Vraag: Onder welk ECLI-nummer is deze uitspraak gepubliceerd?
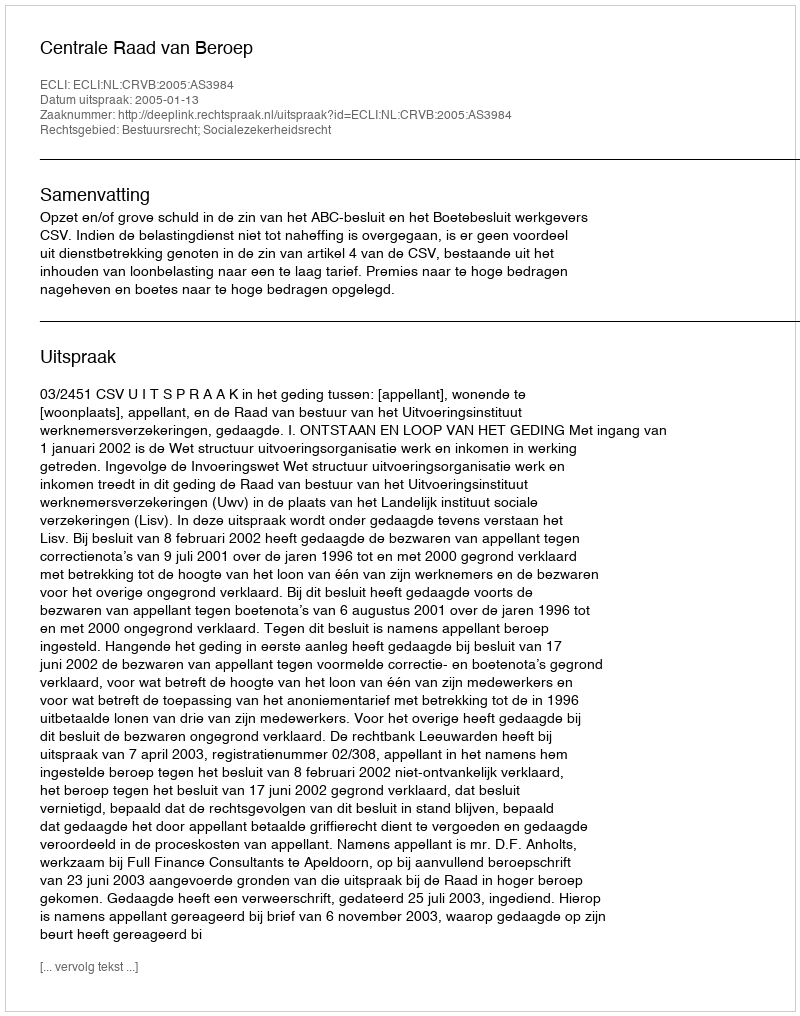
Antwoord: ECLI:NL:CRVB:2005:AS3984